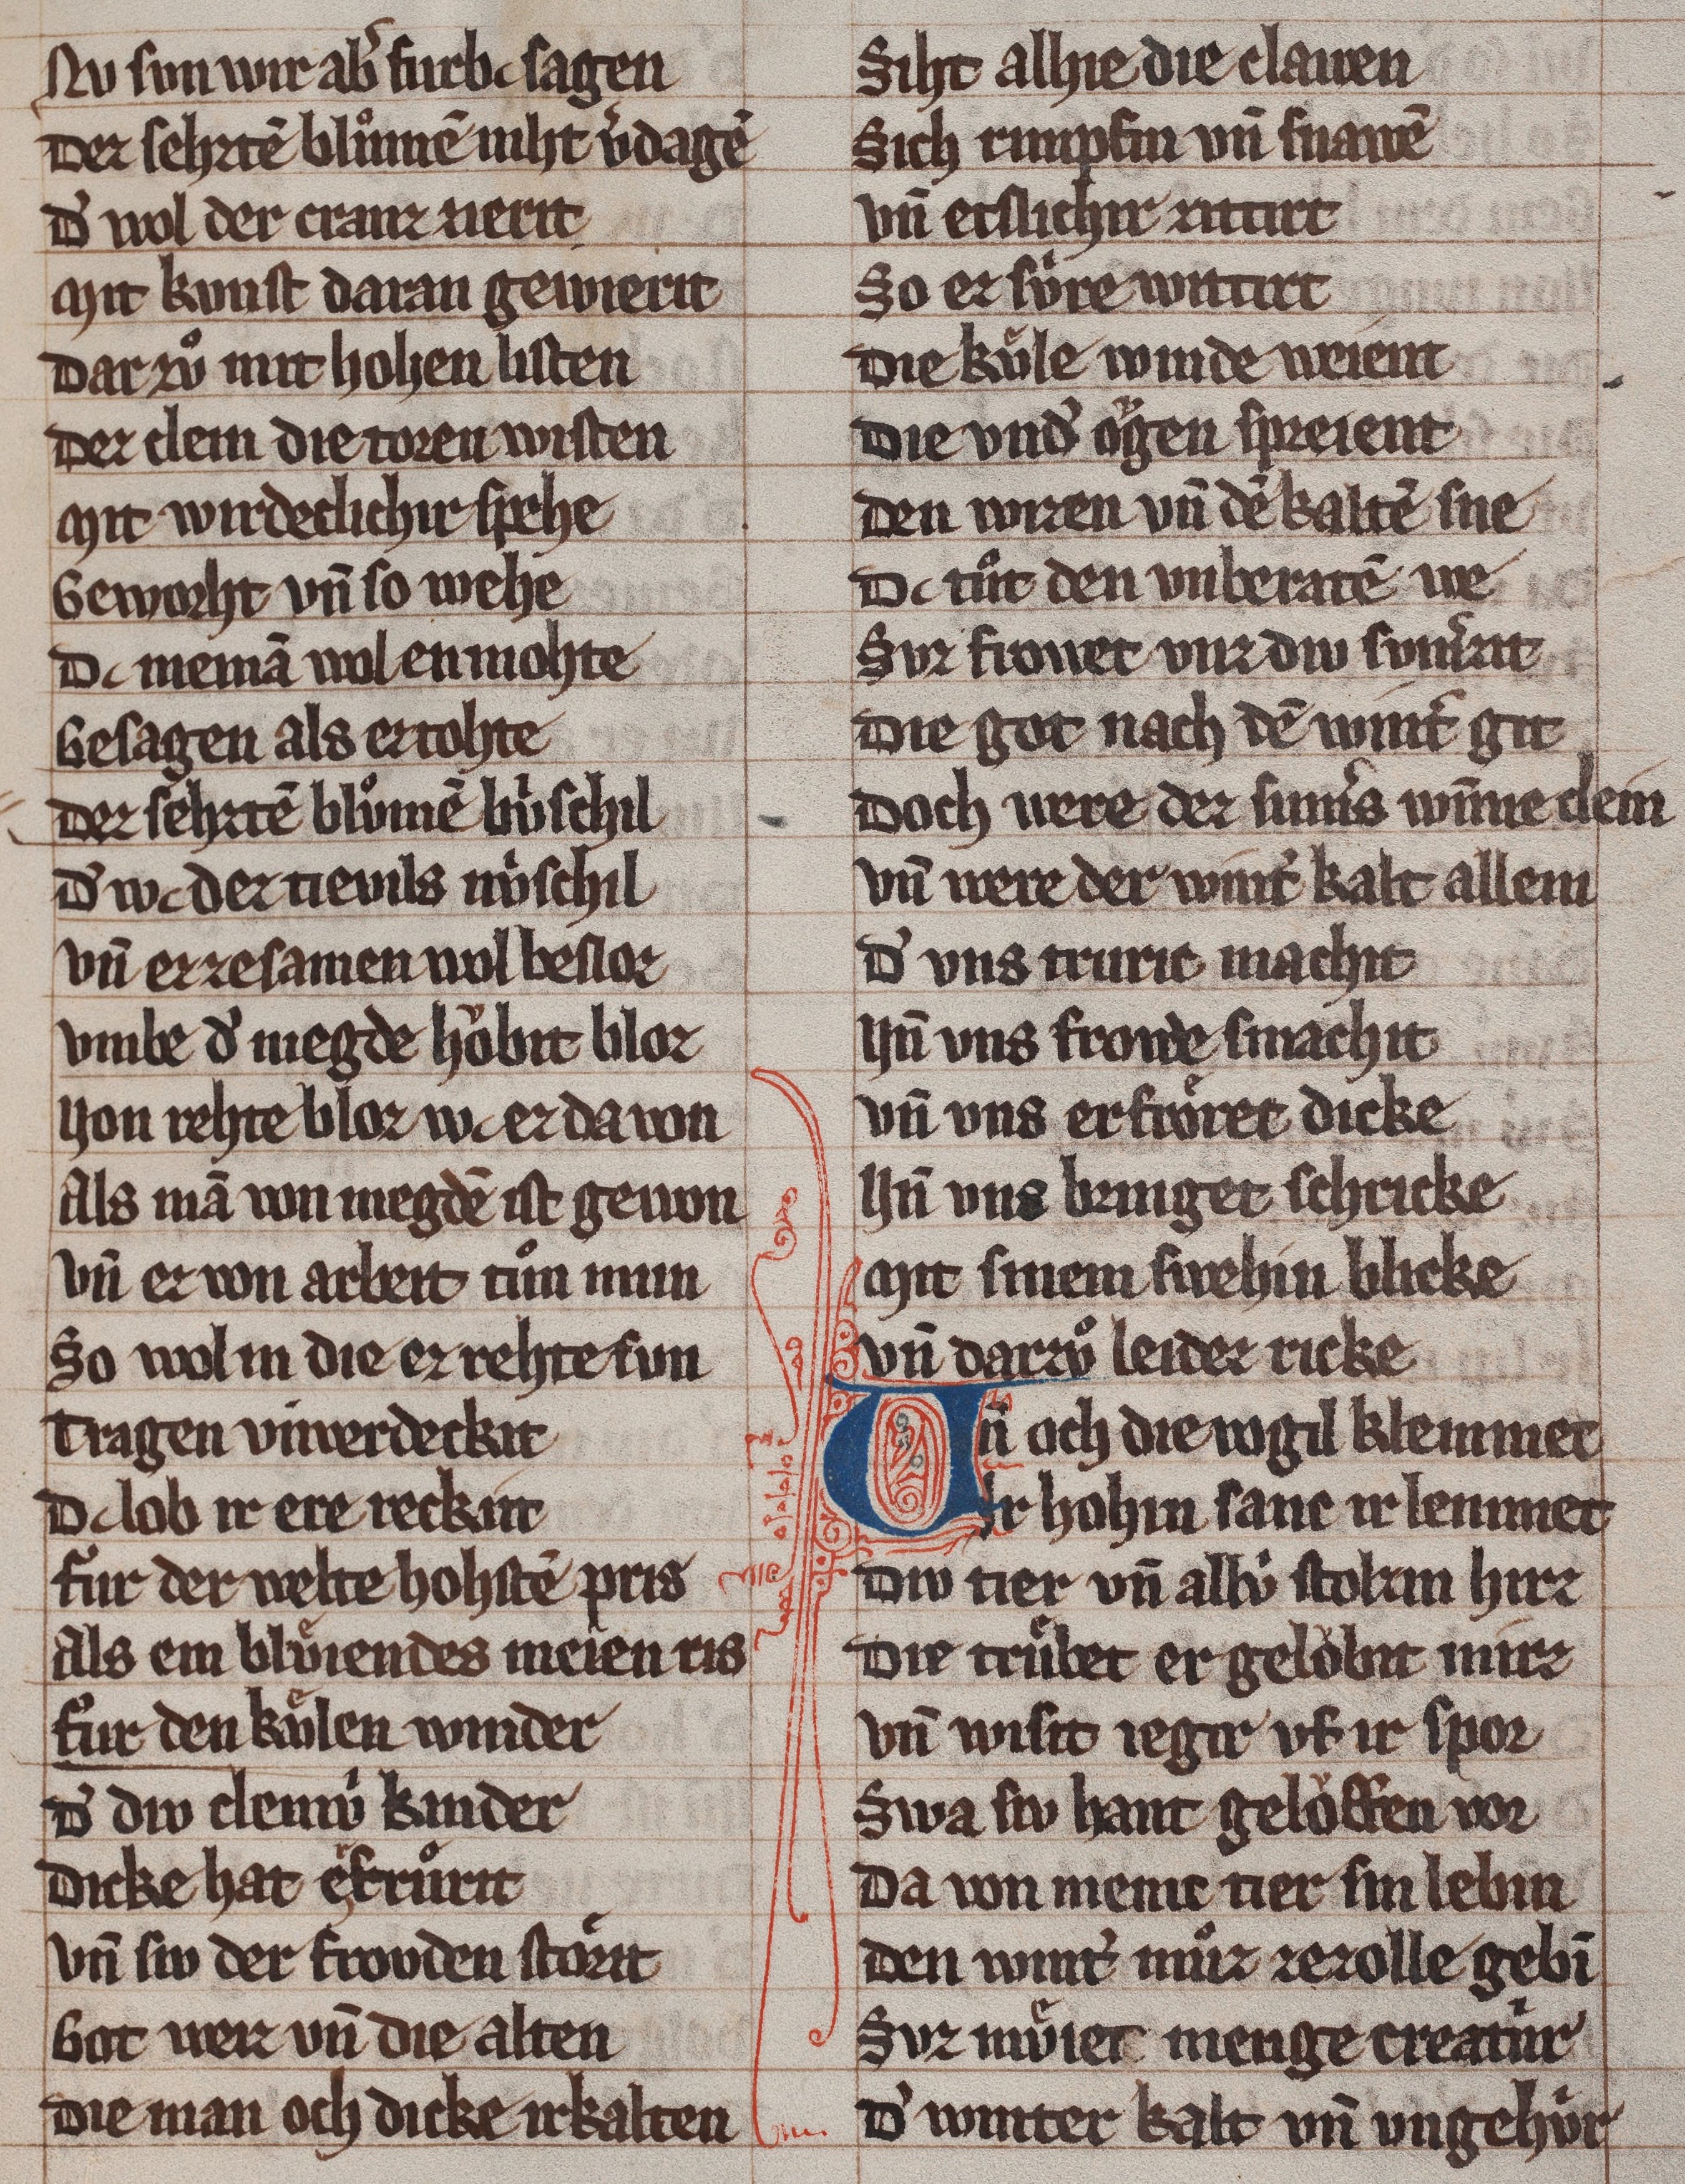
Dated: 1285–1315